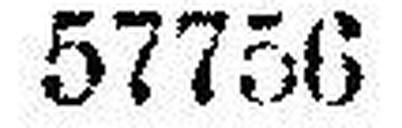
57756